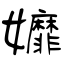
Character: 孊